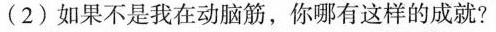
(2)如果不是我在动脑筋，你哪有这样的成就?